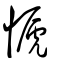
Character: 㥴